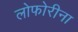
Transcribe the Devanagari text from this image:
लोफोरीना